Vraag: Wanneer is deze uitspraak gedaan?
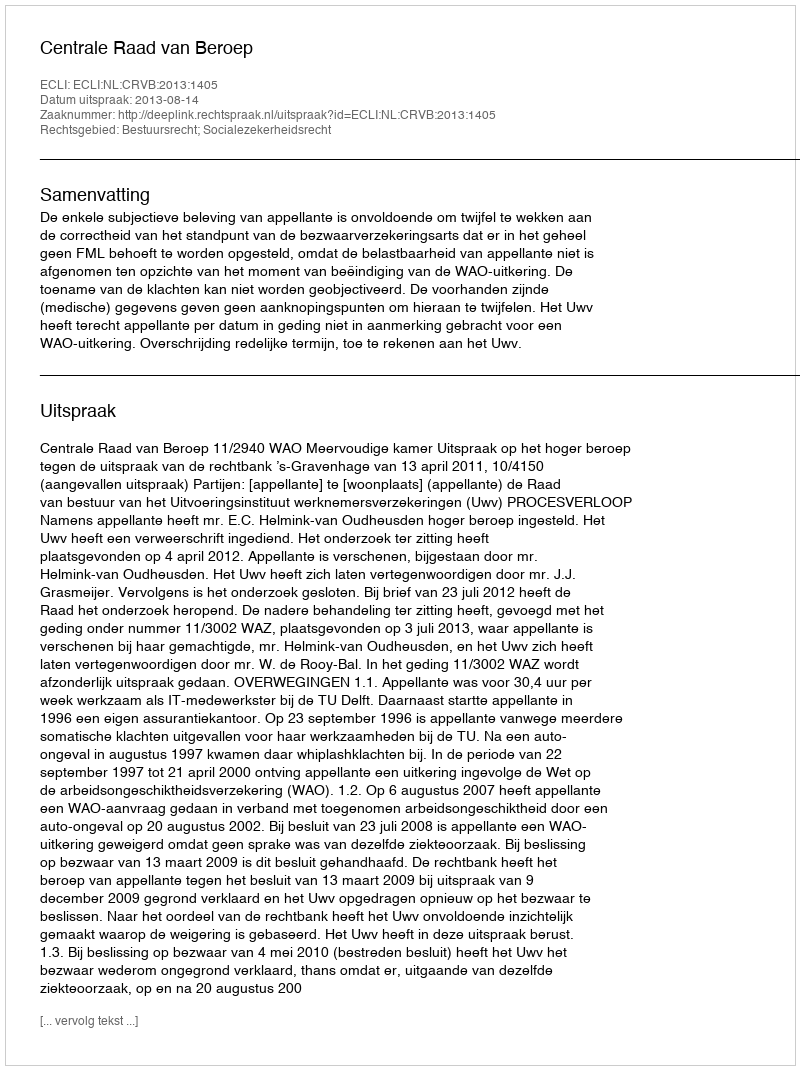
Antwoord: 2013-08-14